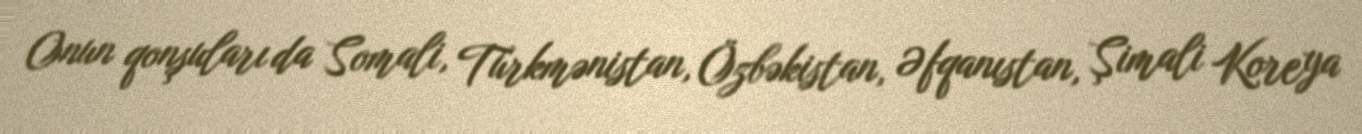
Onun qonşuları da Somali, Türkmənistan, Özbəkistan, Əfqanıstan, Şimali Koreya